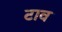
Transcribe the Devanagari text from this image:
टाव